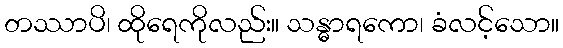
တဿာပိ၊ ထိုရေကိုလည်း။ သန္ဓာရကော၊ ခံလင့်သော။